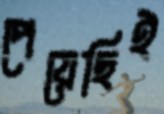
পেয়েছিই